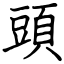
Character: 頭